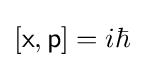
[{\mathsf {x}},{\mathsf {p}}]=i\hbar